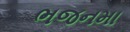
ભજનમા